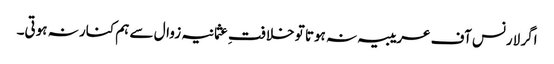
اگر لارنس آف عریبیہ نہ ہوتا تو خلافتِ عثمانیہ زوال سے ہم کنار نہ ہوتی۔